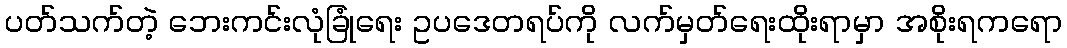
ပတ်သက်တဲ့ ဘေးကင်းလုံခြုံရေး ဥပဒေတရပ်ကို လက်မှတ်ရေးထိုးရာမှာ အစိုးရကရော